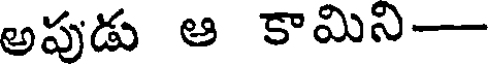
అపుడు ఆ కామిని-